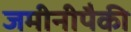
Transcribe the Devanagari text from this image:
जमीनीपैकी